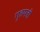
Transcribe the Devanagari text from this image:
गृहमत्री